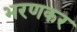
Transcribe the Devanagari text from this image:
भरणकर